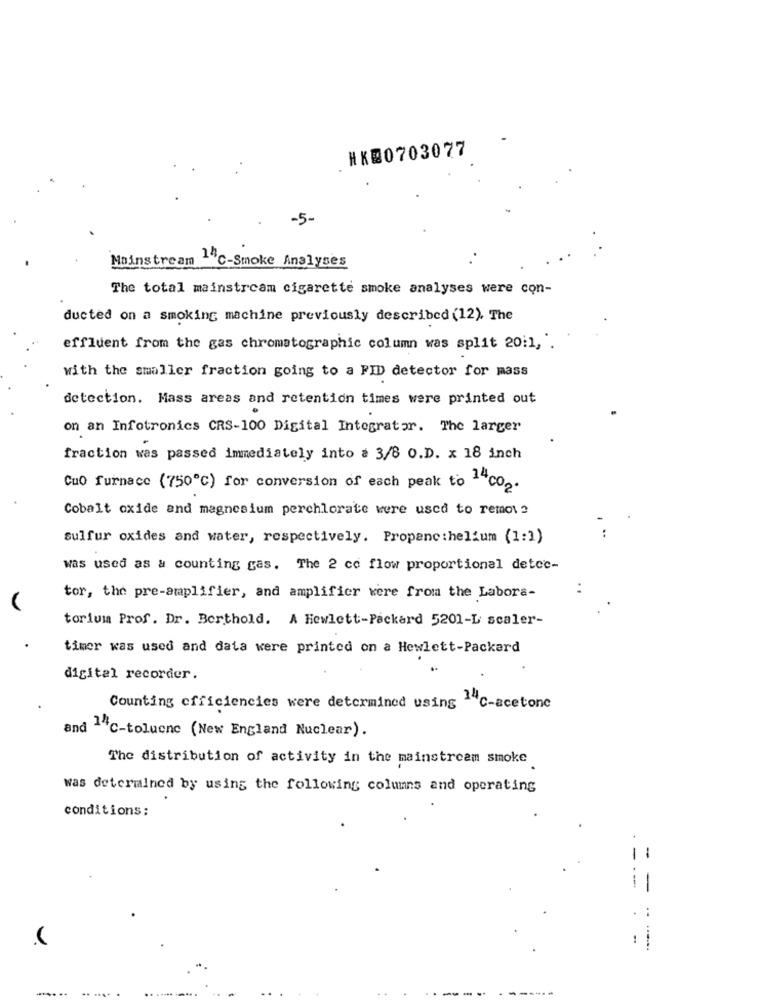
HK@0703077
-5.
Mainstream 1ºC-Smoke Analyses
The total mainstream cigarette smoke analyses were con-
ducted on a smoking machine previously described (12). The
effluent from the gas chromatographic column was split 20:1, ".
with the smaller fraction going to a FID detector for mass
detection. Mass areas and retention times were printed out
on an Infotronics CRS-100 Digital Integrator. The larger
fraction was passed immediately into a 3/8 O.D. x 18 inch
Cuo furnace (750℃) for conversion of each peak to 14co2.
Cobalt oxide and magnesium perchlorate were used to remove
sulfur oxides and water, respectively. Propenc :helium (1:1)
..
was used as & counting gas. The 2 co flow proportional detce-
tor, the pre-amplifier, and amplifier were from the Labora-
torium Prof. Dr. Berthold. A Hewlett-Packard 5201-L scaler-
timer was used and data were printed on a Hewlett-Packard
digital recorder.
Counting efficiencies were determined using
14 c-acetone
and 14℃-toluene (New England Nuclear).
The distribution of activity in the mainstream smoke
was determined by using the following columns and operating
conditions:
.== .....